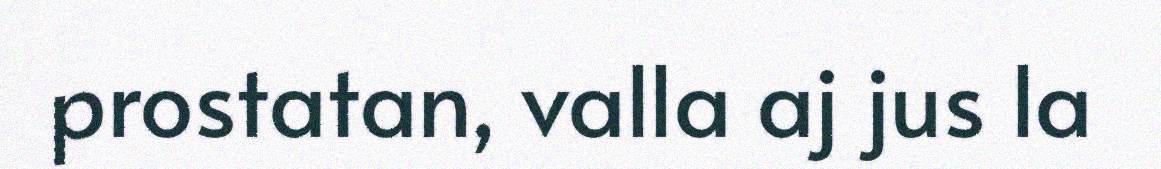
prostatan, valla aj jus la